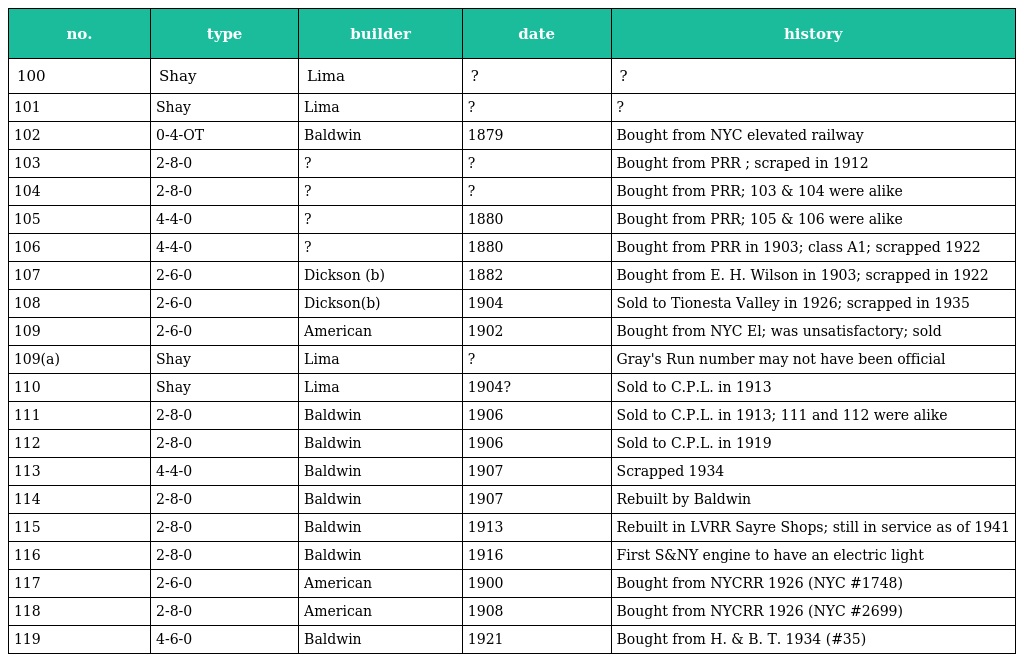
| no. | type | builder | date | history |
 | --- | --- | --- | --- | --- |
 | 100 | Shay | Lima | ? | ? |
 | 101 | Shay | Lima | ? | ? |
 | 102 | 0-4-OT | Baldwin | 1879 | Bought from NYC elevated railway |
 | 103 | 2-8-0 | ? | ? | Bought from PRR ; scraped in 1912 |
 | 104 | 2-8-0 | ? | ? | Bought from PRR; 103 & 104 were alike |
 | 105 | 4-4-0 | ? | 1880 | Bought from PRR; 105 & 106 were alike |
 | 106 | 4-4-0 | ? | 1880 | Bought from PRR in 1903; class A1; scrapped 1922 |
 | 107 | 2-6-0 | Dickson (b) | 1882 | Bought from E. H. Wilson in 1903; scrapped in 1922 |
 | 108 | 2-6-0 | Dickson(b) | 1904 | Sold to Tionesta Valley in 1926; scrapped in 1935 |
 | 109 | 2-6-0 | American | 1902 | Bought from NYC El; was unsatisfactory; sold |
 | 109(a) | Shay | Lima | ? | Gray's Run number may not have been official |
 | 110 | Shay | Lima | 1904? | Sold to C.P.L. in 1913 |
 | 111 | 2-8-0 | Baldwin | 1906 | Sold to C.P.L. in 1913; 111 and 112 were alike |
 | 112 | 2-8-0 | Baldwin | 1906 | Sold to C.P.L. in 1919 |
 | 113 | 4-4-0 | Baldwin | 1907 | Scrapped 1934 |
 | 114 | 2-8-0 | Baldwin | 1907 | Rebuilt by Baldwin |
 | 115 | 2-8-0 | Baldwin | 1913 | Rebuilt in LVRR Sayre Shops; still in service as of 1941 |
 | 116 | 2-8-0 | Baldwin | 1916 | First S&NY engine to have an electric light |
 | 117 | 2-6-0 | American | 1900 | Bought from NYCRR 1926 (NYC #1748) |
 | 118 | 2-8-0 | American | 1908 | Bought from NYCRR 1926 (NYC #2699) |
 | 119 | 4-6-0 | Baldwin | 1921 | Bought from H. & B. T. 1934 (#35) |